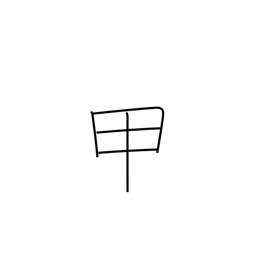
Meaning: instep